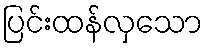
ပြင်းထန်လှသော